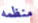
منظمه